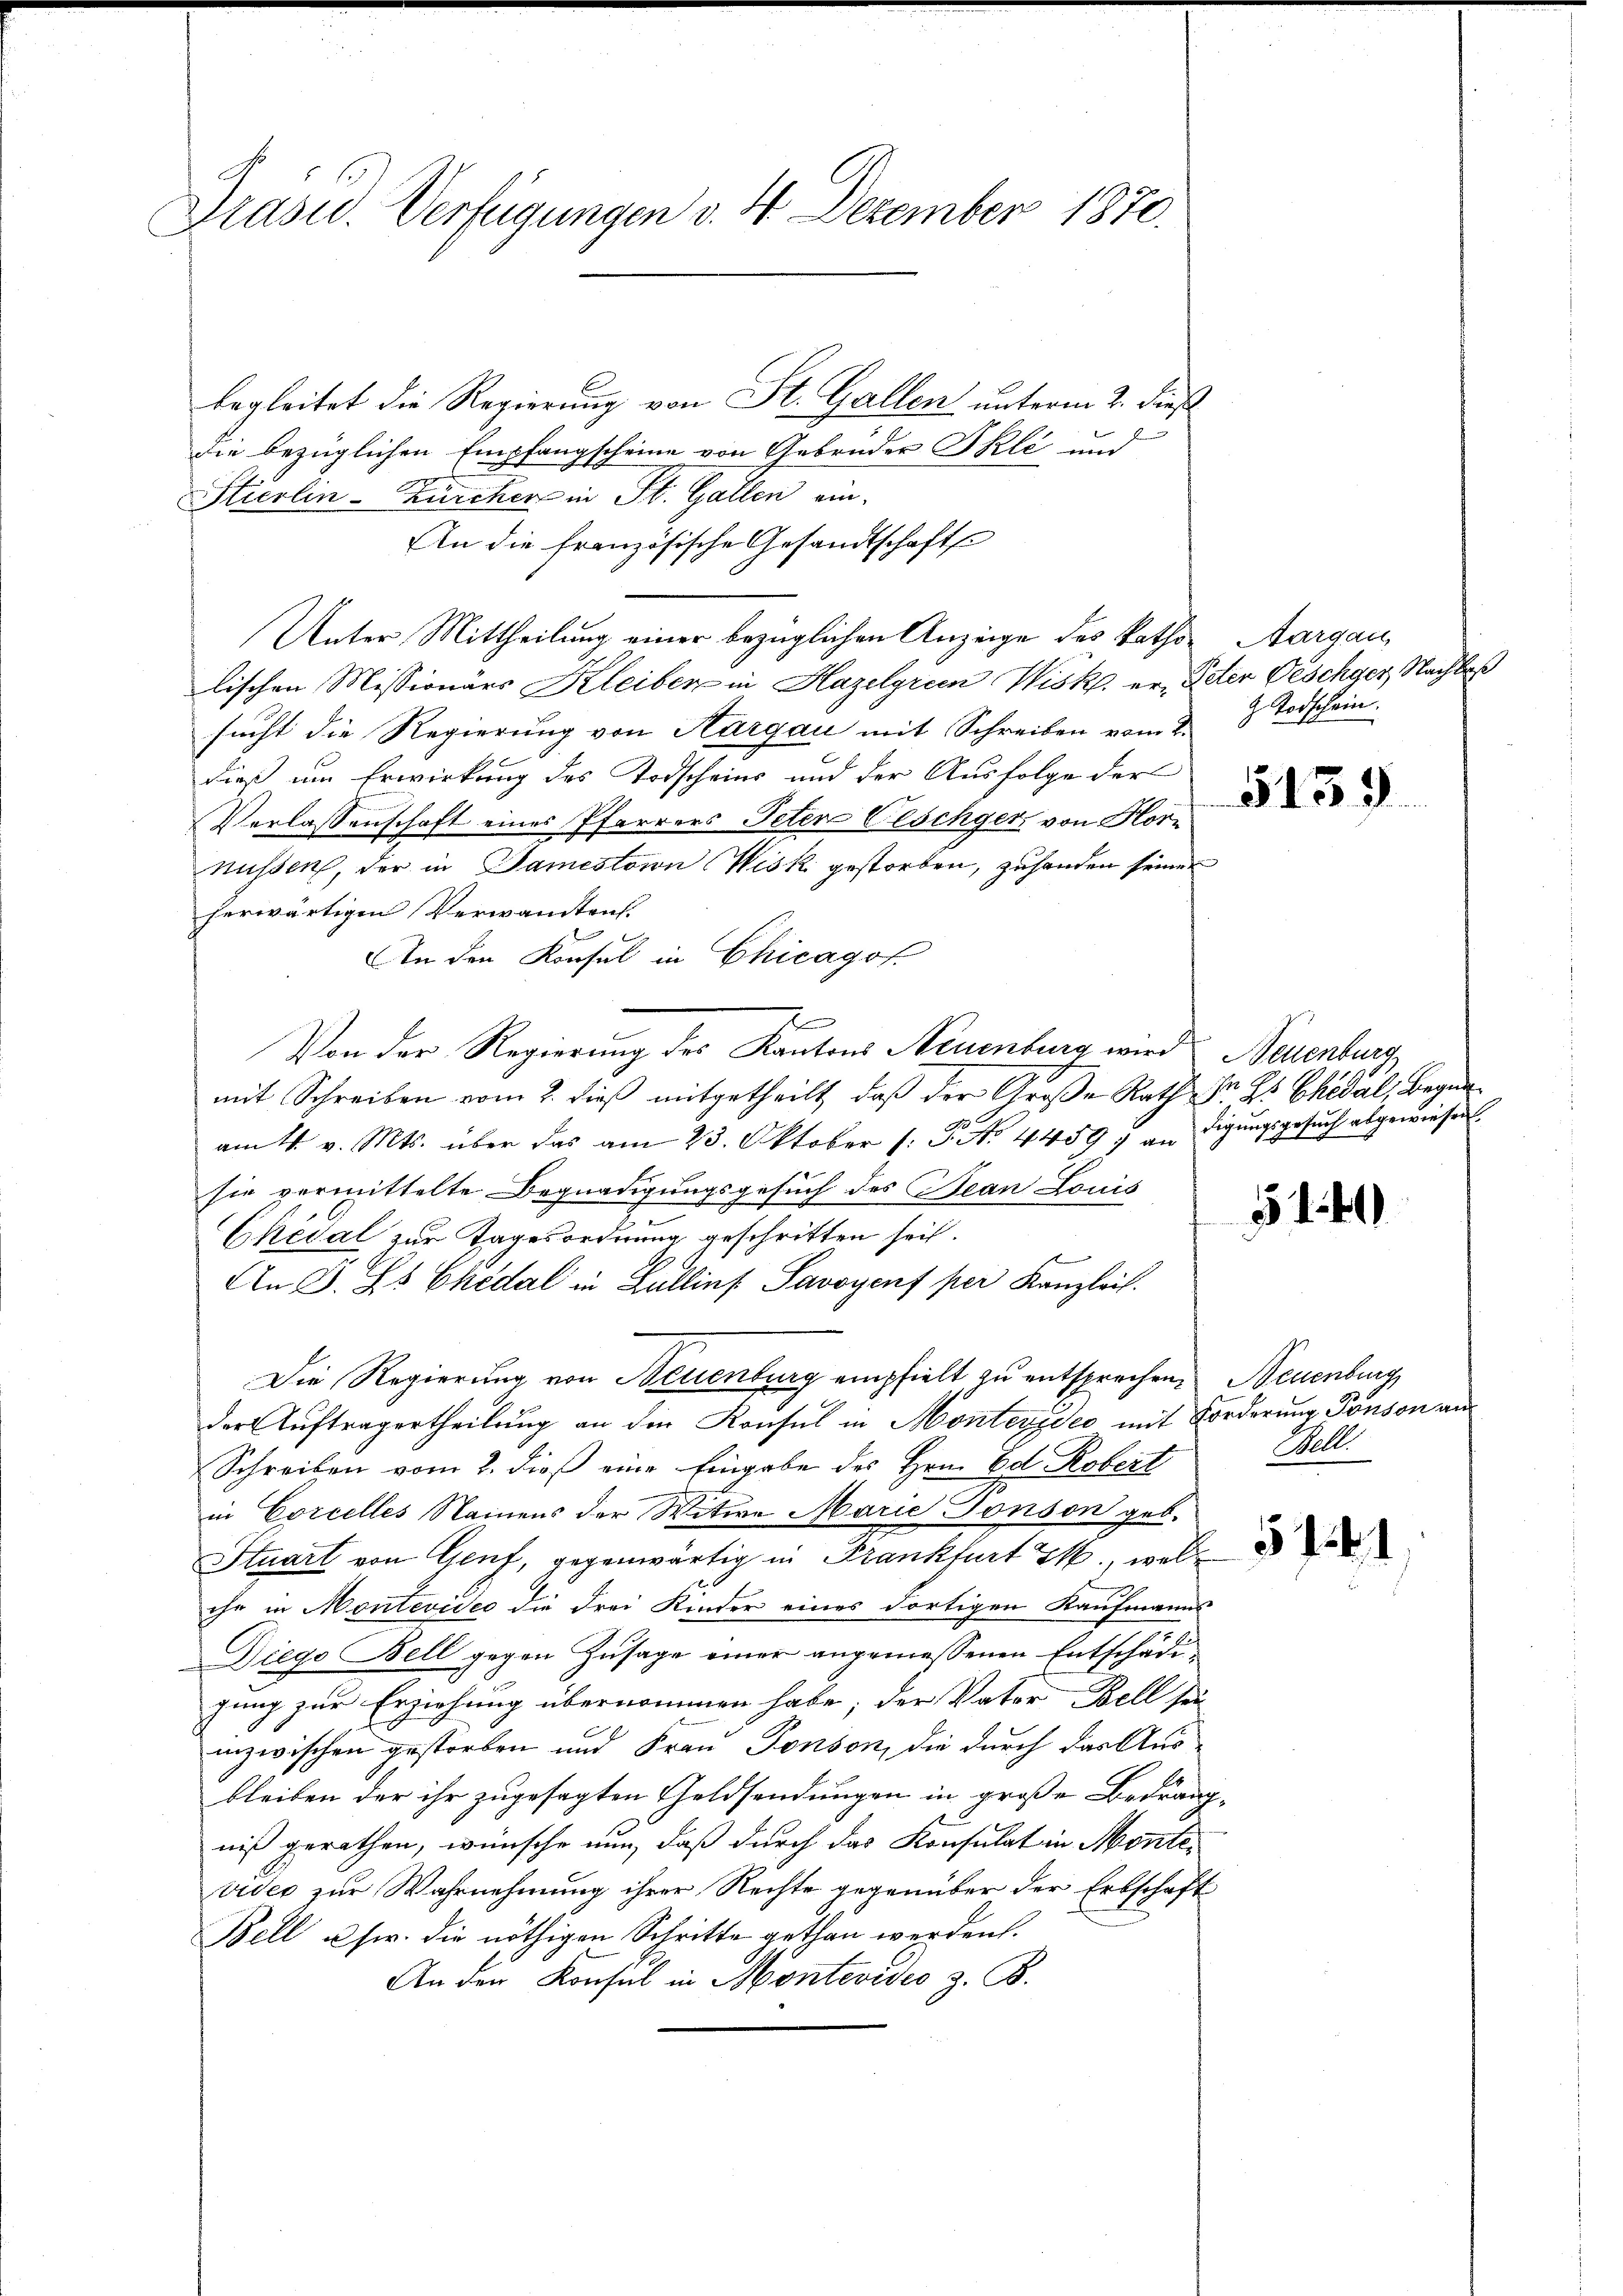
Präsid. Verfügungen v. 4. Dezember 1870.

begleitet die Regierung von St. Gallen unterm 2. dieß
die bezüglichen Empfangscheine von Gebrüder Skli und
Stierlin-Zürcher in St. Gallen ein-
An die französische Gesandtschaft
Unter Mittheilung einer bezüglichen Anzeige des katho Aargau,
lischen Missionärs Kleiber in Hazelgrien Wisk. er, Peter Geschger, Nachlaß
sucht die Regierung von Aargau mit Schreiben vom 2.
dieß um Erwirkung des Todscheins und der Ausfolge der
Verlassenschaft eines Pfarrers Peter Clschger, von Hornüssen, der in Samestein Wisk gestorben, zuhanden seiner
herwärtigen Verwandten.
An den Konsul in Chicagof
2
Von der Regierung des Kantons Neuenburg wird Neuenburg
mit Schreiben vom 2. dieß mitgetheilt, daß der Große Rath Dr. Hs. Cheval, Begnaam 4. v. Mts. über das am 23. Oktober (: P. No. 4459 & an digŭngsgesŭch abgewiesen.
sie vermittelte Begnadigungsgesuch des Bean Louis
Ehedal zur Tagesordnung geschritten heit.
An D. Es Chidal in Zullins. Savoyenf per Kanzlei.
Die Regierung von Neuenburg empfielt zu entsprechen. Neuenburg
der Auftragertheilung an die Konsul in Montevideo mit Forderung Tonson an
Schreiben vom 2. dieß eine Eingabe des Hrn. Ed. Robert
in Corcelles Namens der Witwe Marie Tonson geb.
Stuart von Genf, gegenwärtig in Frankfurt 2, wel
ihn in Montevideo die drei Kinder eines dortigen Kaufmanns
Diego Bell gegen Zusage einer angemessenen Entschädigung zur Erziehung übernommen habe; der Vater Bell sei
inzwischen gestorben und Frau Panson, die durch das Ausbleiben der ihr zugesagten Geldsendungen in große Bedrängniß gerathen, wünsche nun, daß durch das Konsulat in Montevider zur Wahrnehmung ihrer Rechte gegenüber der Erbschaft
Bell u. s. die nöthigen Schritte gethan werden.
An der Konsul in Montevideo z. B.

Todschein.

5139

2

5149

Well

512. 1